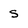
Character: s